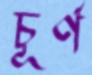
চূর্ণ